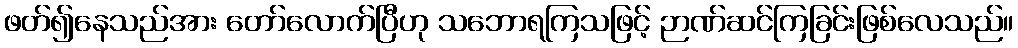
ဖတ်၍နေသည်အား တော်လောက်ပြီဟု သဘောရကြသဖြင့် ဉာဏ်ဆင်ကြခြင်းဖြစ်လေသည်။